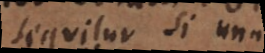
sequitur si unum